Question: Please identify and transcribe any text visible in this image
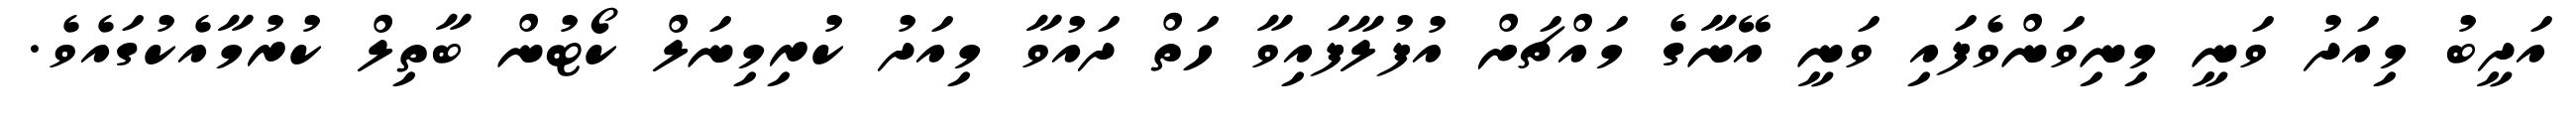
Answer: އަދީބު މިއަދު ވަނީ މިނިވަންވެފައި ވަނީ އޭނާގެ މައްޗަށް އުފުލާފައިވާ ހަތް ދައުވާ މިއަދު ކުރިމިނަލް ކޯޓުން ބާތިލް ކުރުމާއެކުގައެވެ.